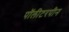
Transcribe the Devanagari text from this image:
पॉलीटरपीन